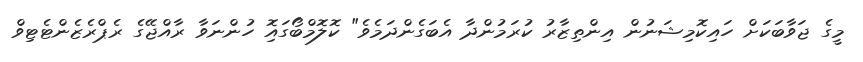
މީގެ ޖަވާބަކަށް ހައިކޮމިޝަނުން އިންތިޒާރު ކުރަމުންދާ އެބަގެންދަމެވެ" ކޮލޮމްބޯގައިޮ ހުންނަވާ ރާއްޖޭގެ ރެޕްރެޒެންޓެޓިވް